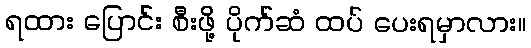
ရထား ပြောင်း စီးဖို့ ပိုက်ဆံ ထပ် ပေးရမှာလား။